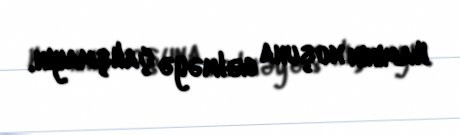
Hamının xoşuna gəlməyə çalışmayın.